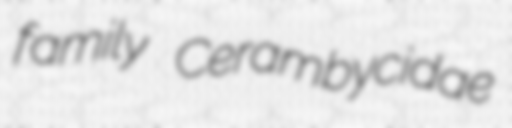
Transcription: family Cerambycidae